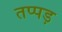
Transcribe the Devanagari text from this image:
तप्पड़